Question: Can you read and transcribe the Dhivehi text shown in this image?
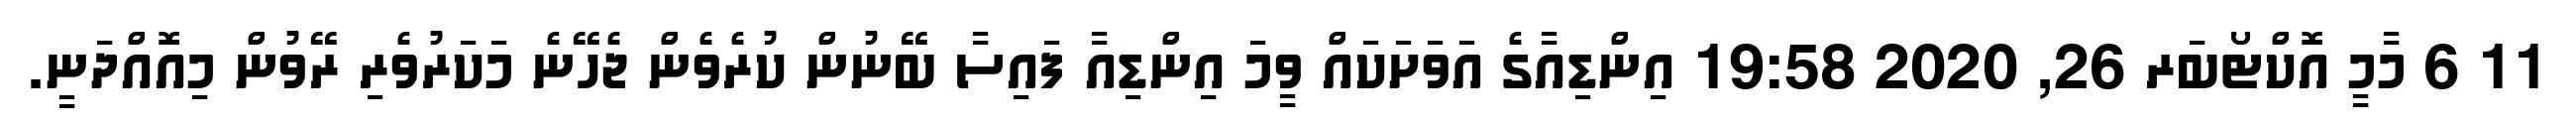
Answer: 11 6 މާމީ އޮކްޓޯބަރ 26, 2020 19:58 އިންޑިއާގެ އަވަށަކައް ވީމަ އިންޑިއާ ފައިސާ ބޭނުން ކުރެވެން ޖެހޭނެ މަކަރުވެރި ރޭވުން މިއޮއްދަނީ.